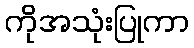
ကိုအသုံးပြုကာ